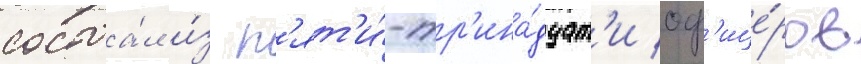
состоа́л и́з п'ят'и́-тр'ина́дцат'и оф'ице́ров